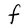
Character: F